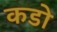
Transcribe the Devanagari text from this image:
कडो